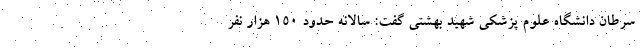
سرطان دانشگاه علوم پزشکی شهید بهشتی گفت: سالانه حدود ۱۵۰ هزار نفر